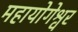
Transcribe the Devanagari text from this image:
महायोगेश्वर